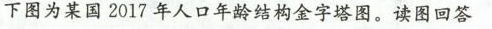
下图为某国2017年人口年龄结构金字塔图。读图回答